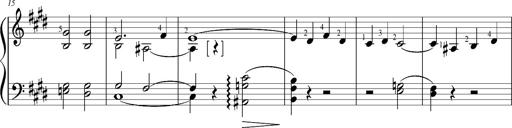
Title: Resignazione, S.187a/b
Composer: Franz Liszt